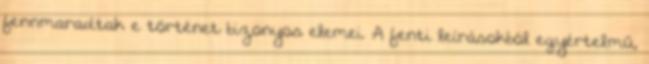
fennmaradtak e történet bizonyos elemei. A fenti leírásokból egyértelmű,